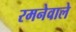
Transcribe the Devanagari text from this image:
रमनेवाले